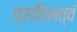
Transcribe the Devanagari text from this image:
प्रातिभत्वं